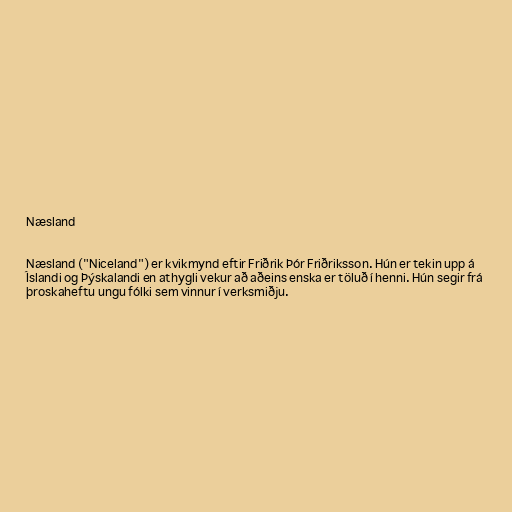
Næsland

Næsland ("Niceland") er kvikmynd eftir Friðrik Þór Friðriksson. Hún er tekin upp á
Íslandi og Þýskalandi en athygli vekur að aðeins enska er töluð í henni. Hún segir frá
þroskaheftu ungu fólki sem vinnur í verksmiðju.